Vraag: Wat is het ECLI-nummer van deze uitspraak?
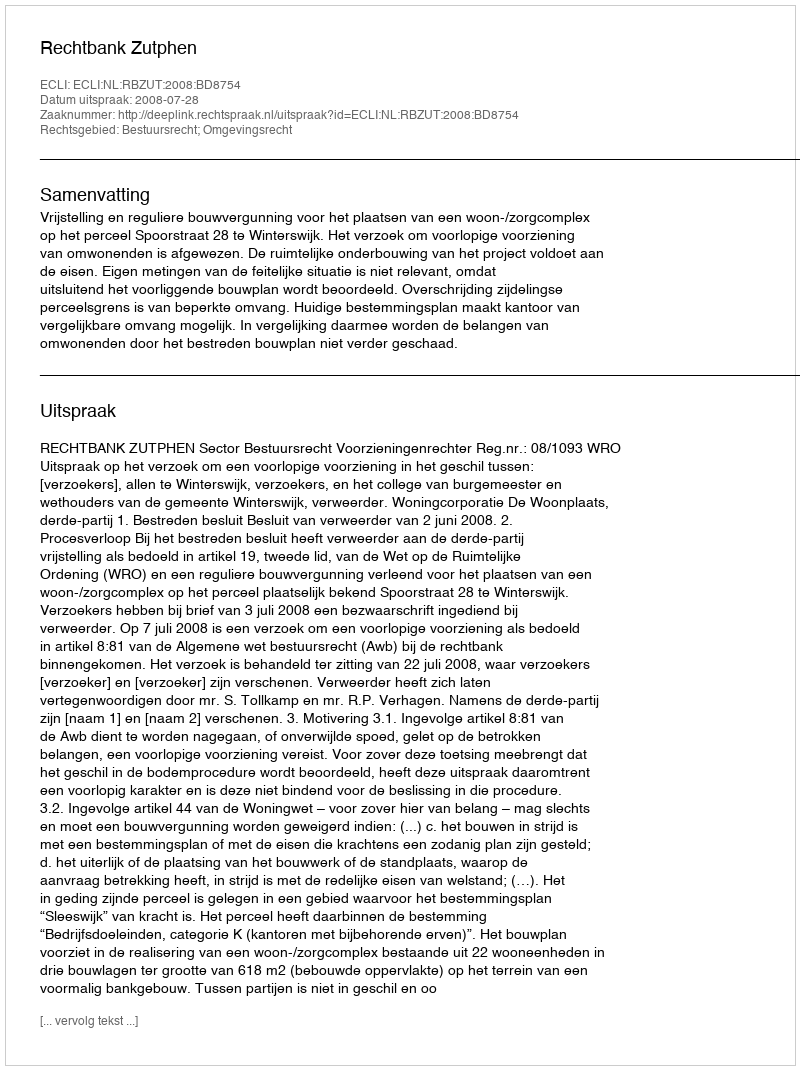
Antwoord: ECLI:NL:RBZUT:2008:BD8754